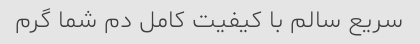
سریع سالم با کیفیت کامل دم شما گرم